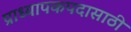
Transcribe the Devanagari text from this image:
प्राध्यापकपदासाठी